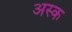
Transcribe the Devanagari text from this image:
अस्क